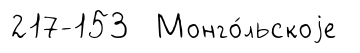
217-153 Монго́льскоjе